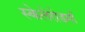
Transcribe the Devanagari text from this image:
स्केलेरोडर्मा